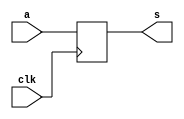
//Accumulator by Ryan Thompson

module accumulator(s, a, clk);

input clk;
input [7:0] a;
output reg [7:0] s;

always @( negedge clk ) begin
		s <= a;
end

endmodule